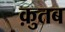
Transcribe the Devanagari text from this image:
क़ुतब